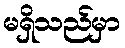
မရှိသည်မှာ